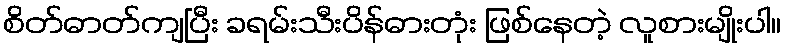
စိတ်ဓာတ်ကျပြီး ခရမ်းသီးပိန်ဓားတုံး ဖြစ်နေတဲ့ လူစားမျိုးပါ။